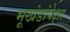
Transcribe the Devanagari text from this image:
भूखंडांपेक्षा